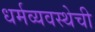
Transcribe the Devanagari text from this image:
धर्मव्यवस्थेची